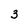
Character: 3